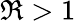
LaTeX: \Re>1